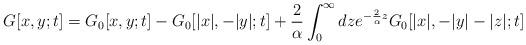
LaTeX: \begin{align*}G[x, y; t] = G_0[x, y; t] - G_0[|x|, -|y|; t] + \frac{2}{\alpha} \int_0^{\infty} dz e^{-\frac{2}{\alpha} z}G_0[|x|, -|y|-|z|; t]\end{align*}